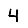
Digit: 4